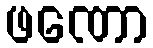
ဖဏော